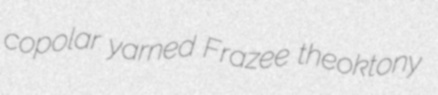
copolar yarned Frazee theoktony